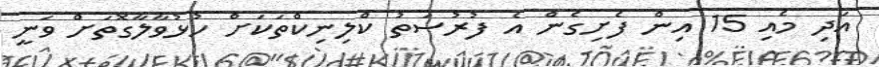
އަދި މެއި 15 އިން ފެށިގެން އެ ފުރުސަތު ކްލިނިކްތަކަށް ހުޅުވާލާގޮތަށް ވަނީ